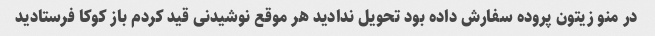
در منو زیتون پروده سفارش داده بود تحویل ندادید هر موقع نوشیدنی قید کردم باز کوکا فرستادید